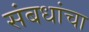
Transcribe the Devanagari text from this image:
संबधांचा